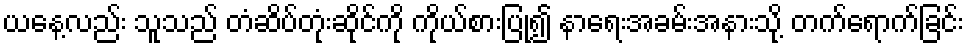
ယနေ့လည်း သူသည် တံဆိပ်တုံးဆိုင်ကို ကိုယ်စားပြု၍ နာရေးအခမ်းအနားသို့ တက်ရောက်ခြင်း